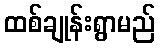
ထစ်ချုန်းရွာမည်